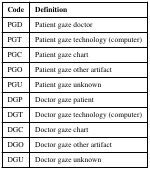
| Code | Definition |
 | --- | --- |
 | PGD | Patient gaze doctor |
 | PGT | Patient gaze technology (computer) |
 | PGC | Patient gaze chart |
 | PGO | Patient gaze other artifact |
 | PGU | Patient gaze unknown |
 | DGP | Doctor gaze patient |
 | DGT | Doctor gaze technology (computer) |
 | DGC | Doctor gaze chart |
 | DGO | Doctor gaze other artifact |
 | DGU | Doctor gaze unknown |